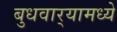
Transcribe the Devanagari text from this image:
बुधवार्‍यामध्ये